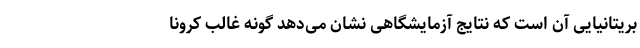
بریتانیایی آن است که نتایج آزمایشگاهی نشان می‌دهد گونه غالب کرونا